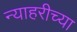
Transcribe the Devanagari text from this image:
न्याहरीच्या